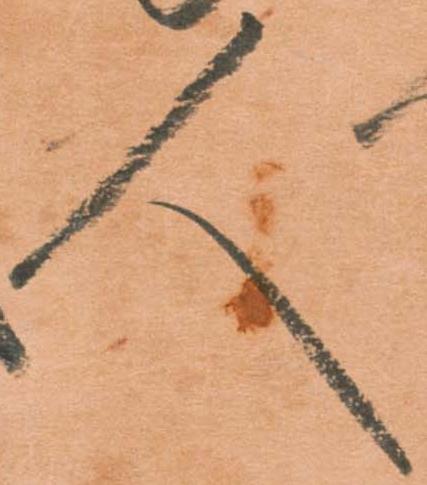
人